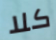
كلا